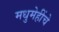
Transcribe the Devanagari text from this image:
मधुमेहींचे